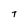
Character: 7